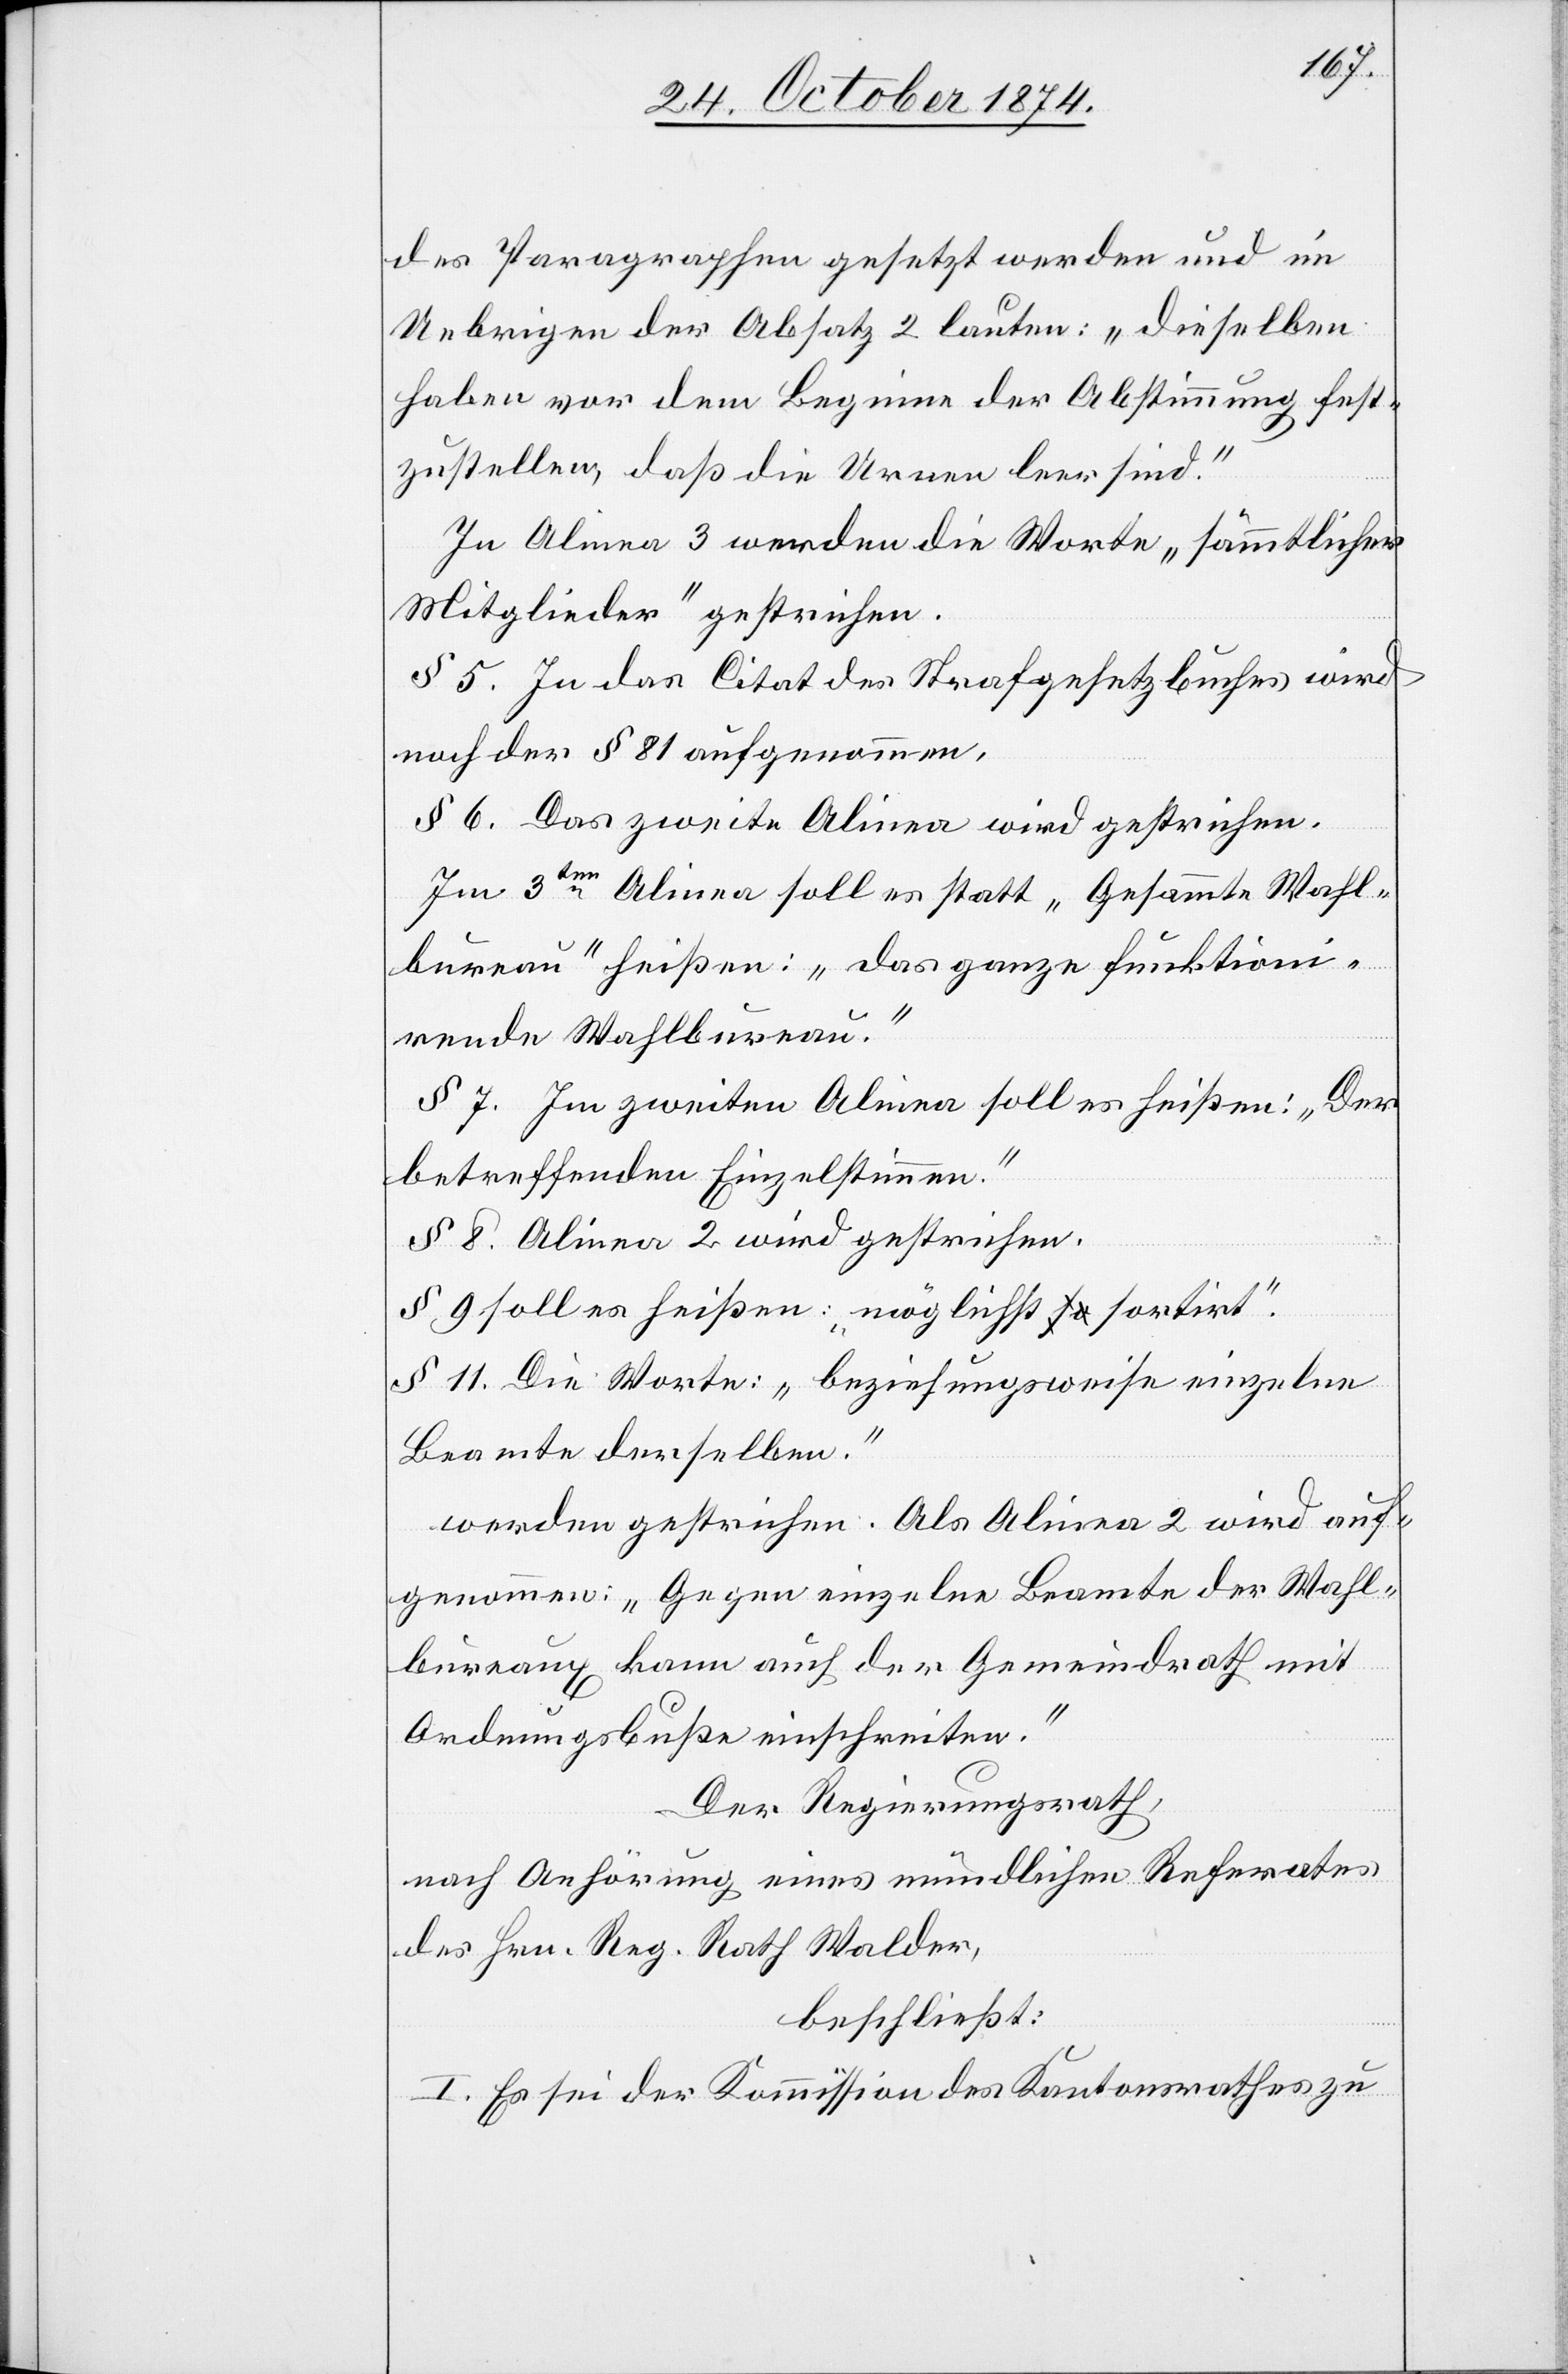
des Paragraphen gesetzt werden und im
Uebrigen der Absatz 2 lauten: „dieselben
haben vor dem Beginne der Abstimmung fest¬
zustellen, daß die Urnen leer sind.“
In Alinea 3 werden die Worte „sämmtlicher
Mitglieder“ gestrichen.
§ 5. In das Citat des Strafgesetzbuches wird
noch der § 81 aufgenommen.
§ 6. Das zweite Alinea wird gestrichen.
Im 3ten Alinea soll es statt „Gesammte Wahl¬
bureau“ heißen: „das ganze funktioni¬
rende Wahlbureau.“
§ 7. Im zweiten Alinea soll es heißen: „Der
betreffenden Einzelstimmen.“
§ 8. Alinea 2 wird gestrichen.
§ 9. soll es heißen: „möglichst sortirt.“
§ 11. Die Worte: „beziehungsweise einzelne
Beamte derselben.“
werden gestrichen. Als Alinea 2 wird auf¬
genommen: „Gegen einzelne Beamte der Wahl¬
bureaux kann auch der Gemeindrath mit
Ordnungsbuße einschreiben.“
Der Regierungsrath,
nach Anhörung eines mündlichen Referates
des Hrn. Reg. Rath Walder,
beschließt:
I. Es sei der Kommission des Kantonsrathes zu